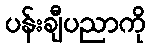
ပန်းချီပညာကို